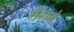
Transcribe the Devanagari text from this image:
गैगने